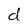
Character: d